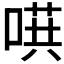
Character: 𱓴